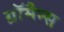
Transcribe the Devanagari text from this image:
ग्रॉमैन्स